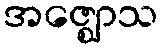
အဇ္ဈောသ